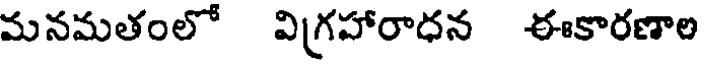
మనమతంలో విగ్రహారాధన ఈకారణాల